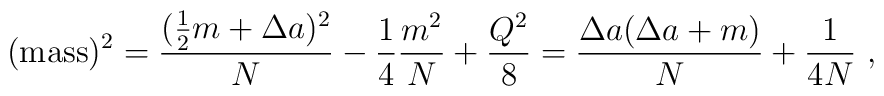
({\rm mass})^2 =  {(\frac{1}{2}m+\Delta a)^2 \over N}-\frac{1}{4}{m^2\over N}+ \frac{Q^2}{8}={\Delta a(\Delta a+m)\over N} + \frac{1}{4N}~,